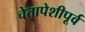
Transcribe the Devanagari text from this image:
चेतापेशीपूर्व